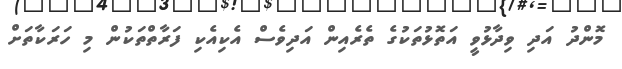
މޮންދު އަދި ވިދާޅުވީ އަތޮޅުތަކުގެ ތެރެއިން އަދިވެސް އެކިއެކި ފަރާތްތަކުން މި ހަރަކާތަށް